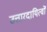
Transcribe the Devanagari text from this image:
उत्तारदायित्वों